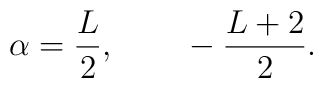
\alpha= { L \over 2},~~~~~~ -{ L+2 \over 2}.